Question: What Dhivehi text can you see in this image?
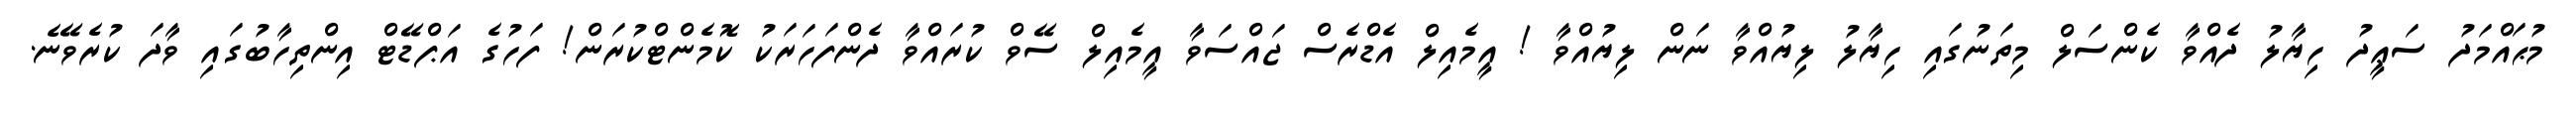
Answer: މުޙައްމަދު ސަޢީދު ހިޔާލު ދެއްވާ ކެންސަލް މިތަނުގައި ހިޔާލު ލިޔުއްވާ ނަން ލިޔުއްވާ ! އީމެއިލް އެޑްރެސް ޖައްސަވާ އީމެއިލް ސޭވް ކުރައްވާ ދެންފަހަރަކު ކޮމެންޓްކުރަން! ފަހުގެ އަޕްޑޭޓް އިންތިހާބުގައި ވާދަ ކުރެވޭނެ.